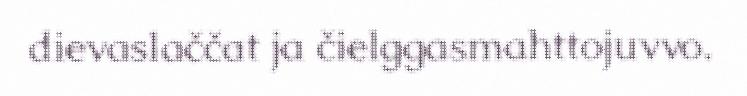
dievaslaččat ja čielggasmahttojuvvo.